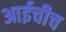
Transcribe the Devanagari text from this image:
आईचीच